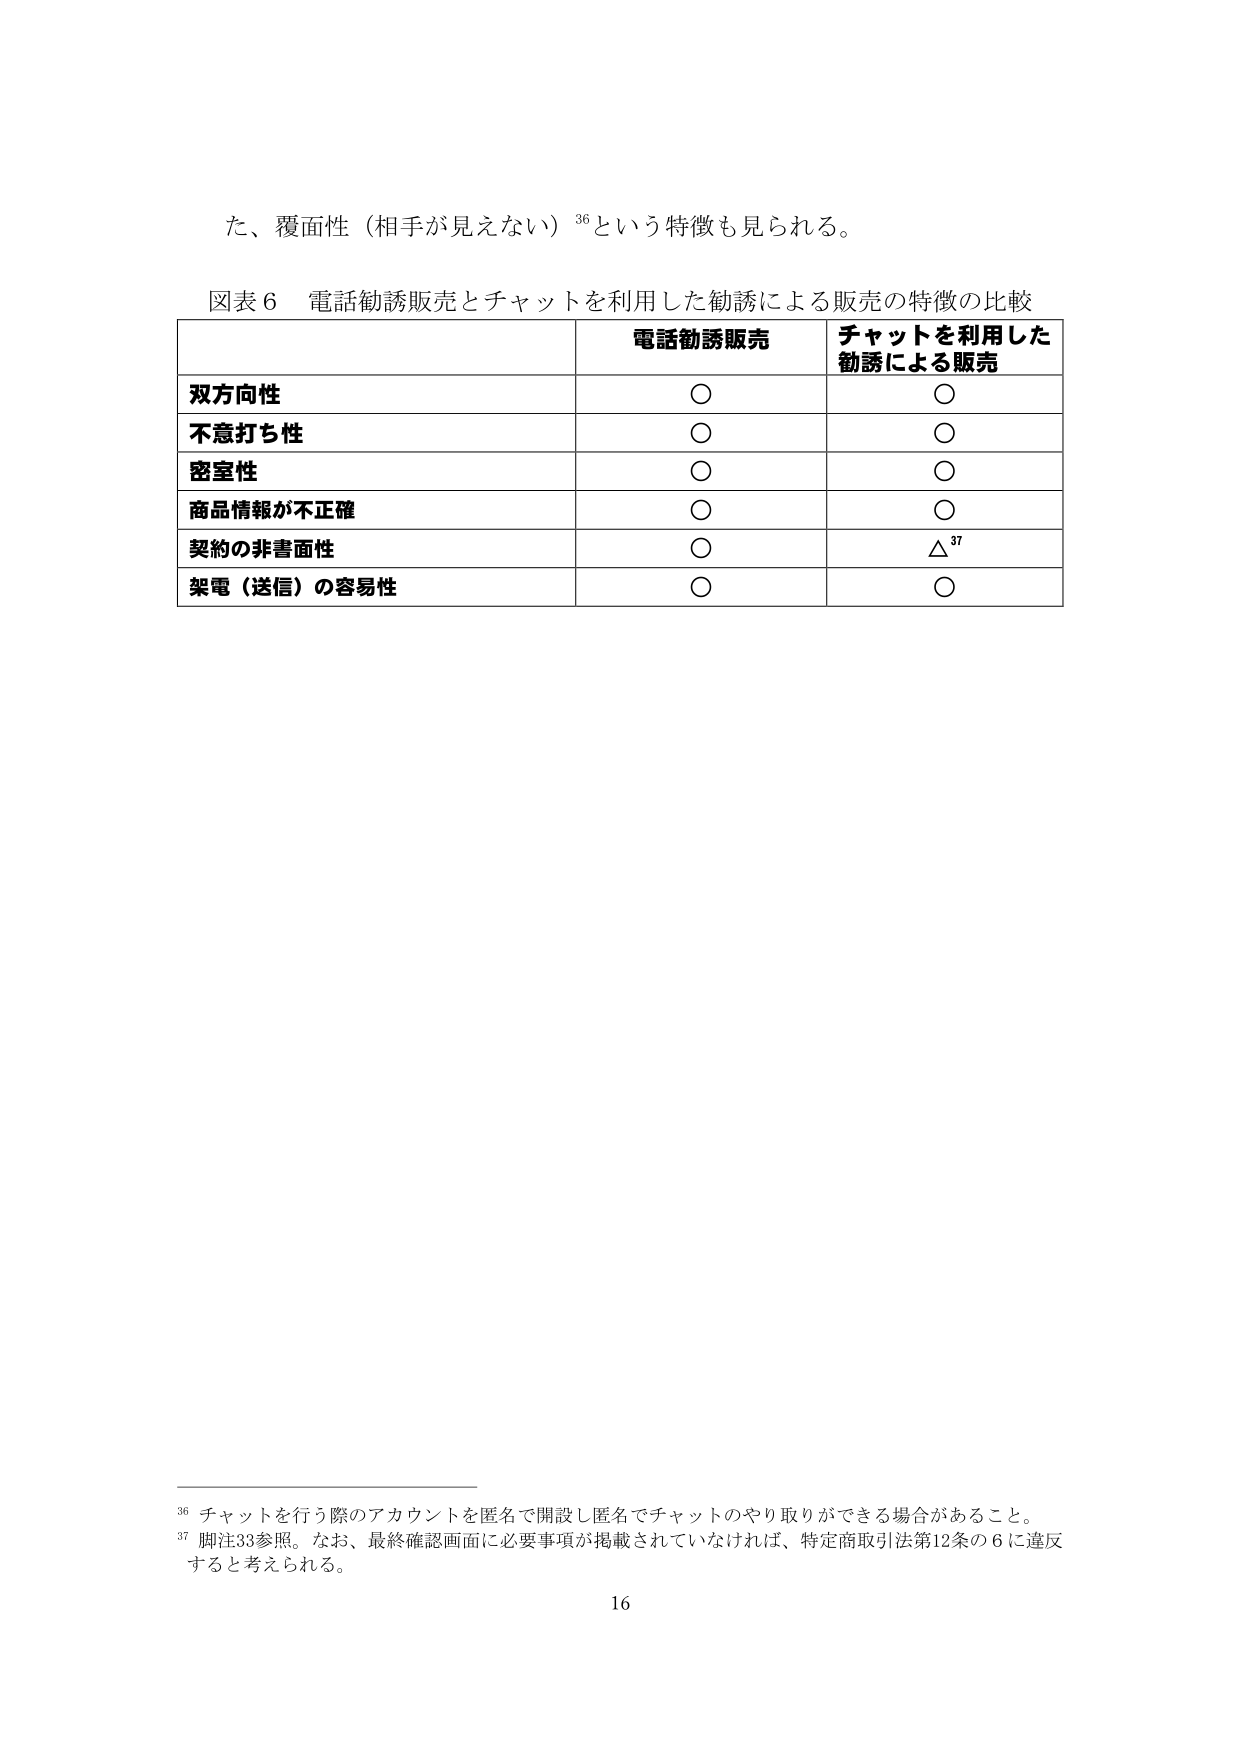
た、覆面性（相手が見えない）36という特徴も見られる。

図表6 電話勧誘販売とチャットを利用した勧誘による販売の特徴の比較

電話勧誘販売 チャットを利用した
勧誘による販売

双方向性 ○ ○
不意打ち性 ○ ○
密室性 ○ ○
商品情報が不正確 ○ ○
契約の非書面性 ○ △37
架電（送信）の容易性 ○ ○

36 チャットを行う際のアカウントを匿名で開設し匿名でチャットのやり取りができる場合があること。
37 脚注33参照。なお、最終確認画面に必要事項が掲載されていなければ、特定商取引法第12条の6に違反
すると考えられる。

16